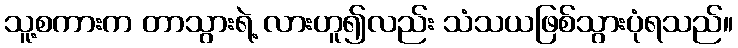
သူ့စကားက တာသွားရဲ့ လားဟူ၍လည်း သံသယဖြစ်သွားပုံရသည်။